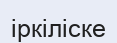
іркіліске